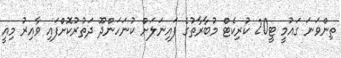
ތިންވަނަ ގައުމީ ޓީ20 ކުރިކެޓް މުބާރާތުގެ ފައިނަލަށް ކުނަހަންދޫ ދަތުރުކޮށްފައި ވާއިރު މިއީ